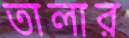
তালার